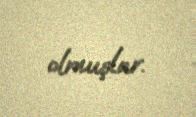
olmuşlar.